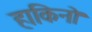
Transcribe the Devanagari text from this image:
हाकिनो